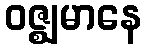
ဝဇ္ဈမာနေ